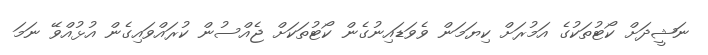
ނަޝީދަށް ކޯޓުތަކުގެ އަމުރަށް ކިޔަމަން ވެވަޑައިނުގެން ކޯޓުތަކަށް ޖެއްސުން ކުރައްވައިގެން އުޅުއްވޭ ނަމަ